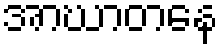
အာဃာတနေ